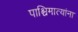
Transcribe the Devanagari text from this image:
पाश्चिमात्यांना